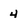
Character: 4